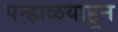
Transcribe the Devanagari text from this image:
पन्हाळयाहून